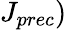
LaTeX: J_{prec})